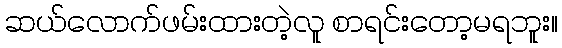
ဆယ်လောက်ဖမ်းထားတဲ့လူ စာရင်းတော့မရဘူး။